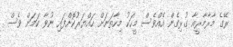
ރޭގެ މާރާމާރީއާ ގުޅިގެން އެއްވެސް މީހަކު މިހާތަނަށް ހައްޔަރުކޮށްފައި ނުވާ ކަމަށް ވެސް